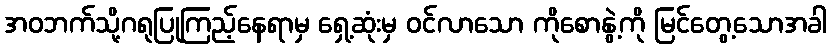
အဝဘက်သို့ဂရုပြုကြည့်နေရာမှ ရှေ့ဆုံးမှ ဝင်လာသော ကိုစောနွဲ့ကို မြင်တွေ့သောအခါ